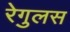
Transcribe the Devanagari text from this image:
रेगुलस